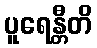
ပူရေန္တီတိ